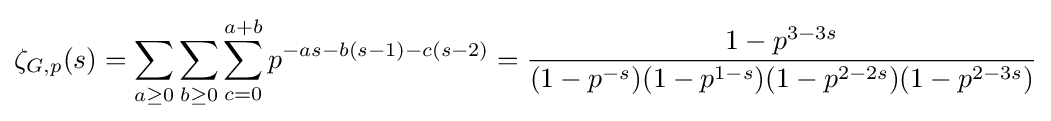
\zeta _{G,p}(s)=\sum _{a\geq 0}\sum _{b\geq 0}\sum _{c=0}^{a+b}p^{-as-b(s-1)-c(s-2)}={\frac {1-p^{3-3s}}{(1-p^{-s})(1-p^{1-s})(1-p^{2-2s})(1-p^{2-3s})}}